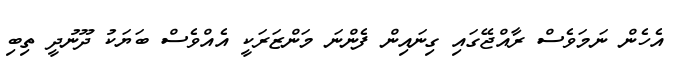
އެހެން ނަމަވެސް ރާއްޖޭގައި ގިނައިން ފެންނަ މަންޒަރަކީ އެއްވެސް ބަޔަކު ދޫނުދީ ތިބި